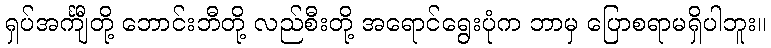
ရှပ်အင်္ကျီတို့ ဘောင်းဘီတို့ လည်စီးတို့ အရောင်ရွေးပုံက ဘာမှ ပြောစရာမရှိပါဘူး။